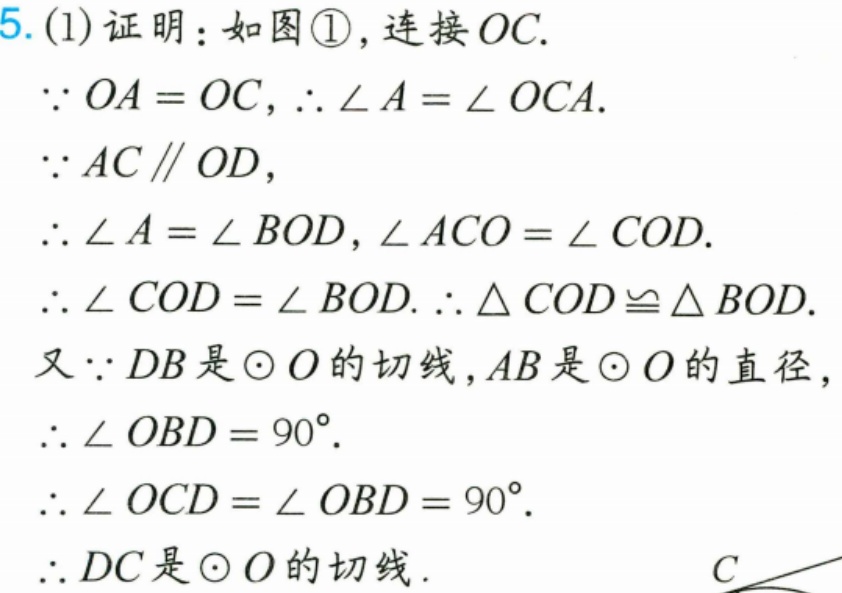
5. (1) 证明：如图\textcircled{1}，连接 \(OC\).
\(\because OA = OC\)，\(\therefore\angle A=\angle OCA\).
\(\because AC\parallel OD\)，
\(\therefore\angle A=\angle BOD\)，\(\angle ACO=\angle COD\).
\(\therefore\angle COD=\angle BOD\). \(\therefore\triangle COD\cong\triangle BOD\).
又\(\because DB\)是\(\odot O\)的切线，\(AB\)是\(\odot O\)的直径，
\(\therefore\angle OBD = 90^{\circ}\).
\(\therefore\angle OCD=\angle OBD = 90^{\circ}\).
\(\therefore DC\)是\(\odot O\)的切线.